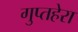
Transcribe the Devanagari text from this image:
गुप्तहेरा